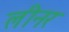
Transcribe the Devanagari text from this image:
लीनर